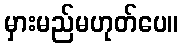
မှားမည်မဟုတ်ပေ။